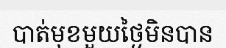
បាត់មុខមួយថ្ងៃមិនបាន